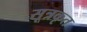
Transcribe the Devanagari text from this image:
सूत्रकृत